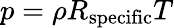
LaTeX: p=\rho R_{\mathrm{specific}}T